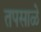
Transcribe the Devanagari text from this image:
तपसाळे